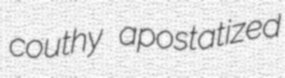
couthy apostatized